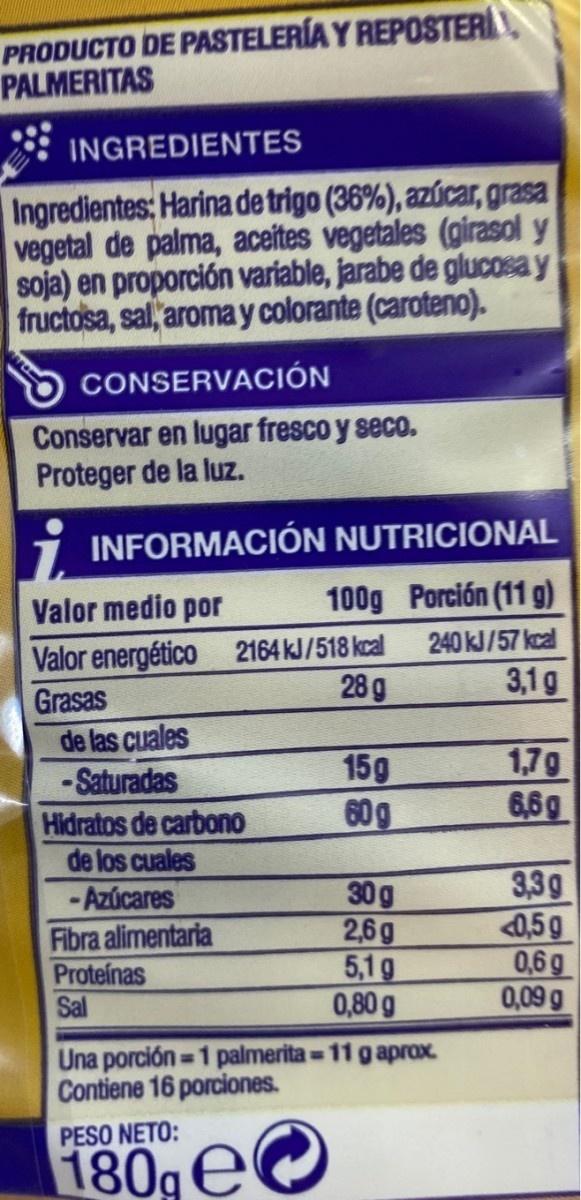
PRODUCTO DE PASTELERÍA Y REPOSTER PALMERITAS
INGREDIENTES
Ingredientes: Harina de trigo (36%), azúcar, grasa vegetal de palma, aceites vegetales (girasol y soja) en proporción variable, jarabe de glucosa y fructosa, sal, aroma y colorante (caroteno).
CONSERVACIÓN
Conservar en lugar fresco y seco. Proteger de la luz.
INFORMACIÓN NUTRICIONAL
Valor medio por
100g Porción (11 g)
Valor energético 2164 kJ/518 kcal Grasas de las cuales -Saturadas Hidratos de carbono de los cuales -Azúcares Fibra alimentaria Proteínas Sal
240 kJ/57 kcal
28 g
3,1 g
15g 60g
1,7g 6,6g
30g 2,6g 5,1g 0,80g
3,3g 0,5g 0,6g 0,09 g
Una porción =1 palmerita = 11 gaprax. Contiene 16 porciones.
PESO NETO:
180,eO